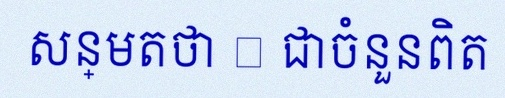
សន្មតថា x ជាចំនួនពិត